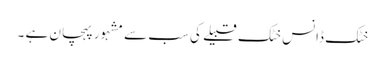
خٹک ڈانس خٹک قبیلے کی سب سے مشہور پہچان ہے ۔